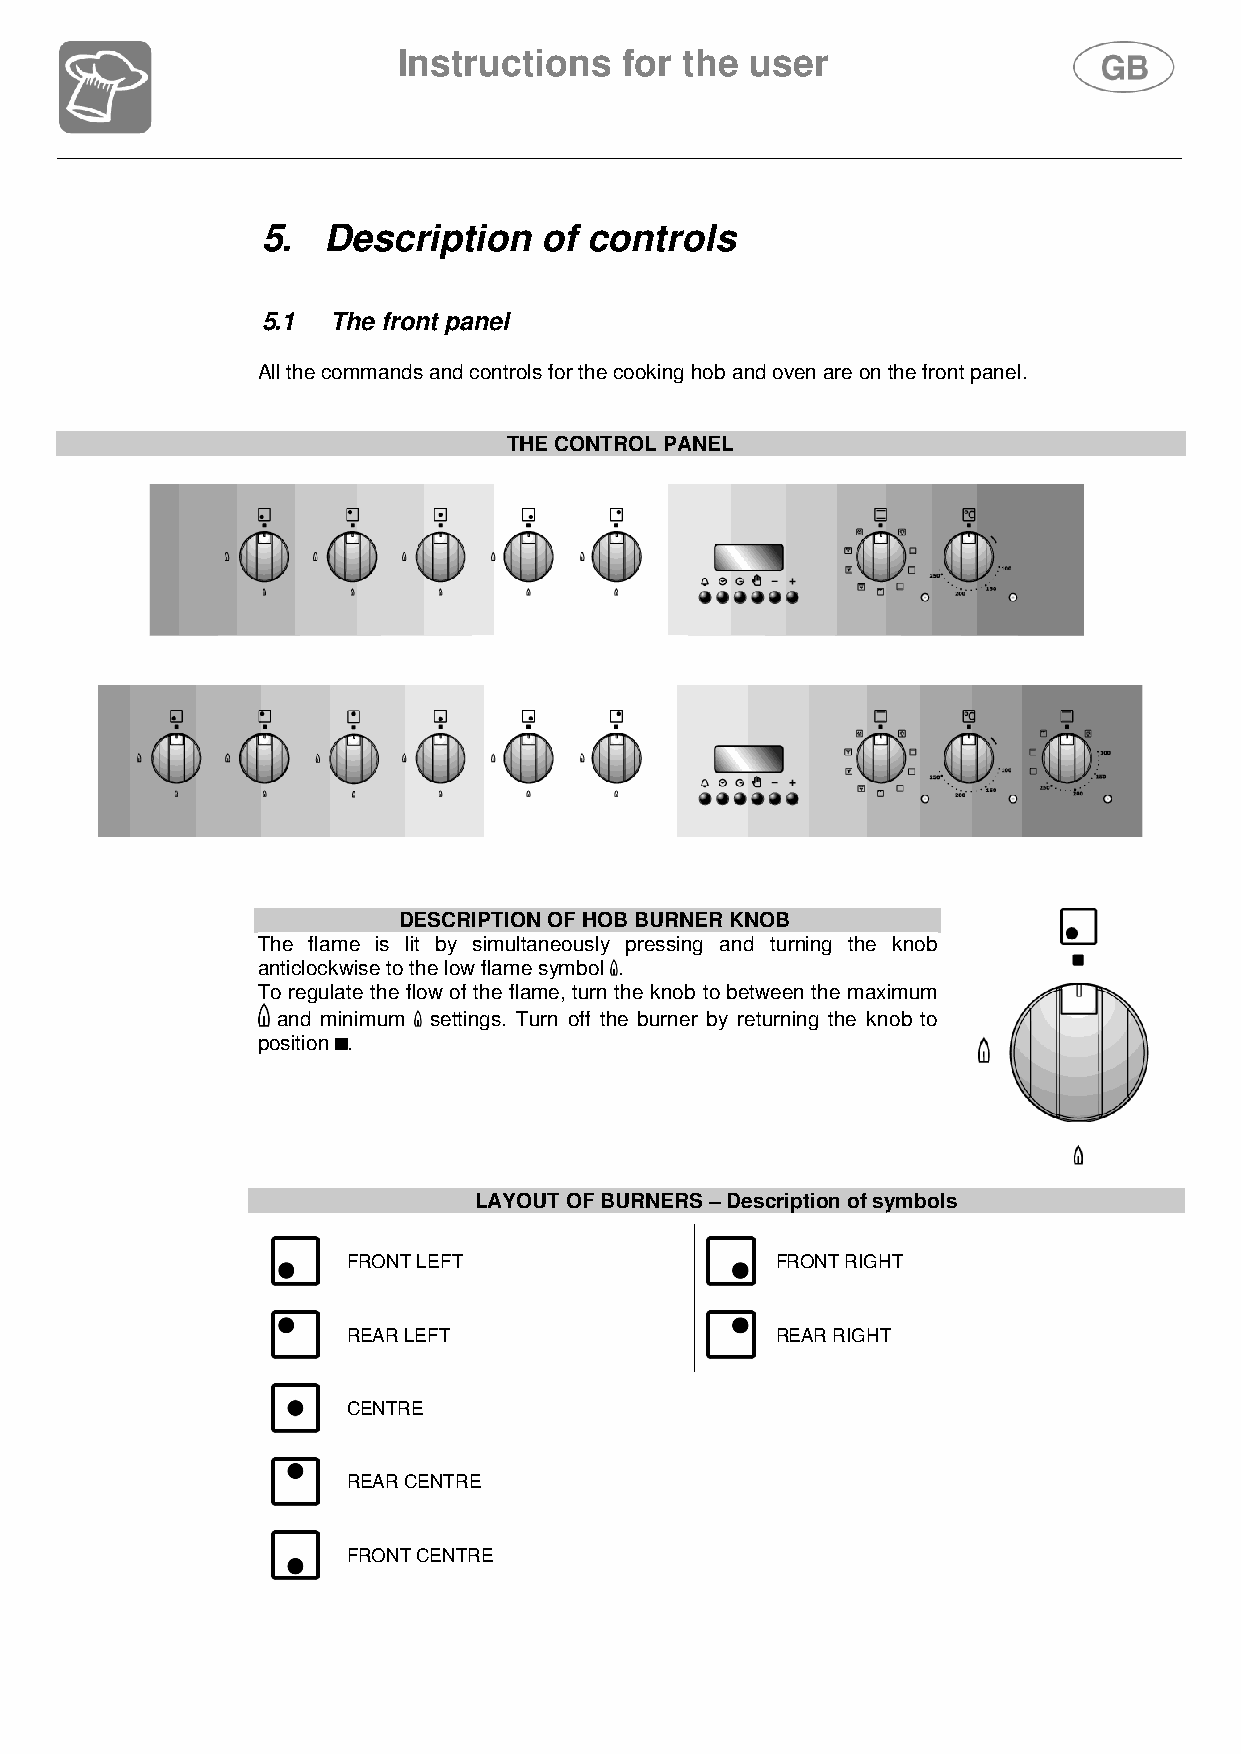
Instructions   for the  user
 5.   Description   of controls
 5.1  The front panel
 All the commands and controls for the cooking hob and oven are on the front panel.
 THE CONTROL PANEL
 DESCRIPTION OF HOB BURNER KNOB
 The flame is lit by simultaneously pressing and turning the knob
 anticlockwise to the low flame symbol .
 To regulate the flow of the flame, turn the knob to between the maximum
 and minimum settings. Turn off the burner by returning the knob to
 position .
 LAYOUT OF BURNERS – Description of symbols
 FRONT LEFT                  FRONT RIGHT
 REAR LEFT                   REAR RIGHT
 CENTRE
 REAR CENTRE
 FRONT CENTRE
 79